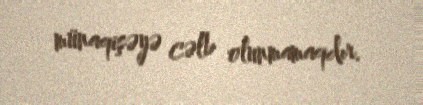
münaqişəyə cəlb olunmamaqdır.